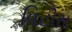
વિટીસ